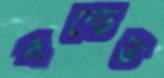
বন্ডেড